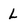
Character: l